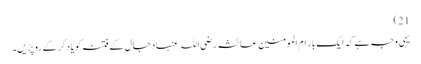
21)
یہی وجہ ہے کہ ایک بار ام المومنین عائشہ رضی اللہ عنہا دجال کے فتنہ کو یاد کرکے روپڑیں۔